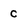
Character: C